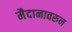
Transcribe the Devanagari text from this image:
मैदानावरुन